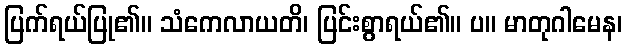
ပြက်ရယ်ပြု၏။ သံကေလာယတိ၊ ပြင်းစွာရယ်၏။ ပ။ မာတုဂါမေန၊